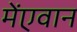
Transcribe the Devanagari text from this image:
मेंएवान